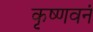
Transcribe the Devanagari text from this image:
कृष्णवनं